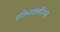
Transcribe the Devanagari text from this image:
प्रतिभाशक्तीच्या